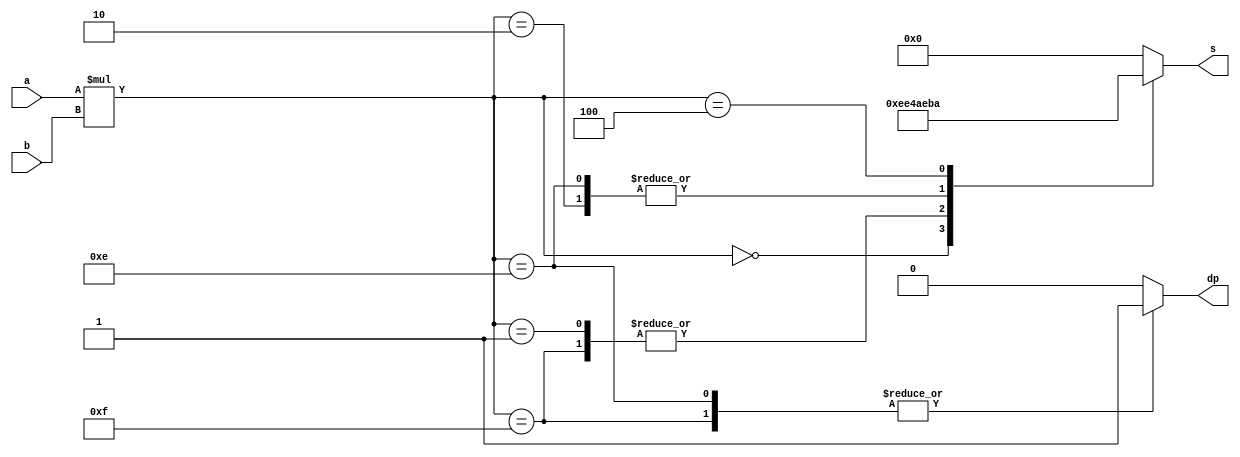
module ask6_2b(a,b,s,dp);
    input signed [1:0]a,b;
    wire signed [3:0]o;
    output reg dp;
    output reg [6:0]s;
    
    assign o = a*b;
    
    always @ (o) begin
        case(o)
            4'b1110: begin
                s[6:0]=7'b1011101;
                dp=1;
                end
            4'b1111: begin
                s[6:0]=7'b0010010;
                dp=1;
                end
            4'b0000: begin
                 s[6:0]=7'b1110111;
                 dp=0;
                 end
            4'b0001: begin
                 s[6:0]=7'b0010010;
                 dp=0;
                 end
            4'b0010: begin
                 s[6:0]=7'b1011101;
                 dp=0;
                 end
            4'b0100: begin
                 s[6:0]=7'b0111010;
                 dp=0;
                 end
            default: begin
                 s[6:0]=7'b0000000;
                 dp=0;
                 end
        endcase
    end
endmodule